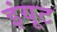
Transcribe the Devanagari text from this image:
इंयूट